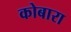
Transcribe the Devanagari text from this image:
कोबारा